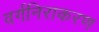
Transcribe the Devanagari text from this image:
वर्गनिराकरण